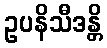
ဥပနိသီဒန္တိ